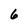
Character: 6